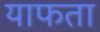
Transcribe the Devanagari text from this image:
याफता